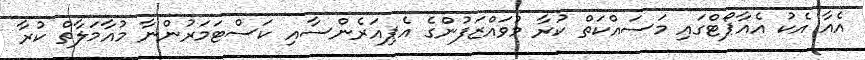
އެއާ އެކު އެއާޕޯޓްގައި މަސައްކަތް ކުރާ މުވައްޒަފުންގެ އެޕިއަރެންސާއި ކަސްޓަމަރުންނާ މުއާމަލާތް ކުރާ